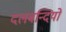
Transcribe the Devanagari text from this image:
दलबन्दियों